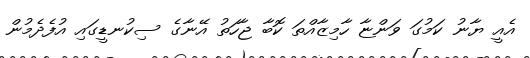
އެއީ ޔާނު ކަމުގަ ވަންޏާ ހާމިޒާއްތަ ކޮބާ ޖާހަތު އޭނާގެ ސިކުނޑީގައި އުފެދެމުން